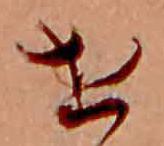
せ